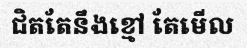
ជិតតែនឹងខ្មៅ តែមើល